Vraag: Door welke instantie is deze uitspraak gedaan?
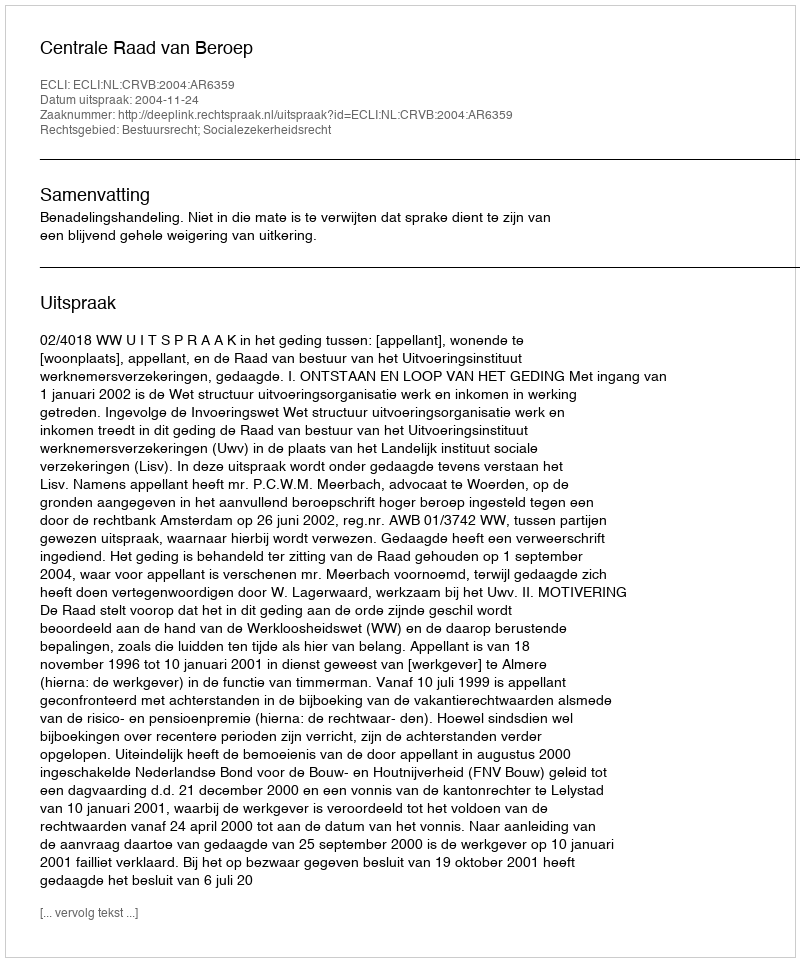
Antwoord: Centrale Raad van Beroep